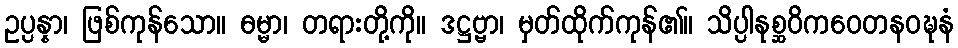
ဥပ္ပန္နာ၊ ဖြစ်ကုန်သော။ ဓမ္မာ၊ တရားတို့ကို။ ဒဋ္ဌဗ္ဗာ၊ မှတ်ထိုက်ကုန်၏။ သိပ္ပါနုစ္ဆဝိကဝေတနဝဍ္ဎနံ